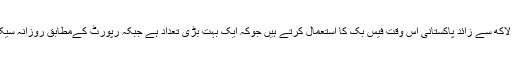
اگر ہم پاکستان کی بات کریں تو کم و بیش دو کروڑ ستر لاکھ سے زائد پاکستانی اس وقت فیس بک کا استعمال کرتے ہیں جوکہ ایک بہت بڑی تعداد ہے جبکہ رپورٹ کےمطابق روزانہ سیکڑوں کی تعداد میں پاکستانی صارفین کا اضافہ ہورہا ہے۔